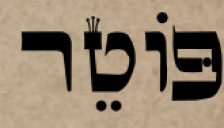
פּוֹטֵר